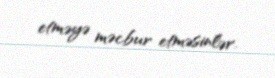
etməyə məcbur etməsinlər.